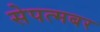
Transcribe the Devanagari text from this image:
सेपत्मबर